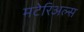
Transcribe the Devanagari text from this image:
मटेरिअल्स